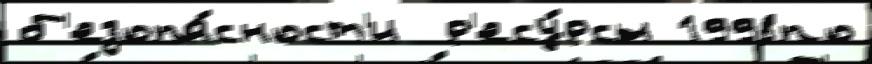
б'езопа́сност'и  р'есу́рсы 1998по